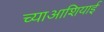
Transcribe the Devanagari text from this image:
च्याआशियाई